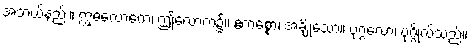
အဘယ်နည်း။ ဣဓလောကေ၊ ဤလောက၌။ ဧကစ္စော၊ အချို့သော။ ပုဂ္ဂလော၊ ပုဂ္ဂိုလ်သည်။